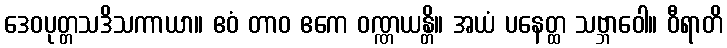
ဒေဝပုတ္တသဒိသကာယာ။ ဧဝံ တာဝ ဧကေ ဝဏ္ဏယန္တိ။ အယံ ပနေတ္ထ သဗ္ဘာဝေါ။ ဝီရာတိ